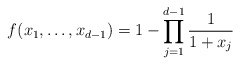
\begin{align*}f(x_1,\ldots,x_{d - 1}) = 1 - \prod_{j = 1}^{d - 1}\frac{1}{1 + x_j}\end{align*}